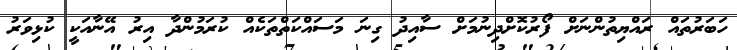
ހަބަރުތައް ރައްޔިތުންނަށް ފޯރުކޮށްދިނުމަށް ސާއިދު ގިނަ މަސައްކަތްތަކެއް ކުރަމުންދާ އިރު އޭނާއަކީ ކުޅިވަރު